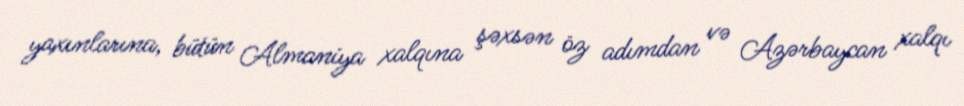
yaxınlarına, bütün Almaniya xalqına şəxsən öz adımdan və Azərbaycan xalqı